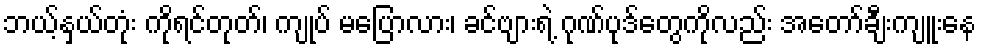
ဘယ့်နှယ်တုံး ကိုရင်တုတ်၊ ကျုပ် မပြောလား၊ ခင်ဗျားရဲ့ ဂုဏ်ပုဒ်တွေကိုလည်း အတော်ချီးကျူးနေ